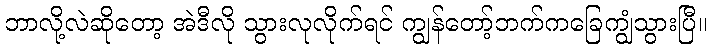
ဘာလို့လဲဆိုတော့ အဲဒီလို သွားလုလိုက်ရင် ကျွန်တော့်ဘက်ကခြေကျွံသွားပြီ။